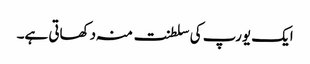
ایک یورپ کی سلطنت منہ دکھاتی ہے۔